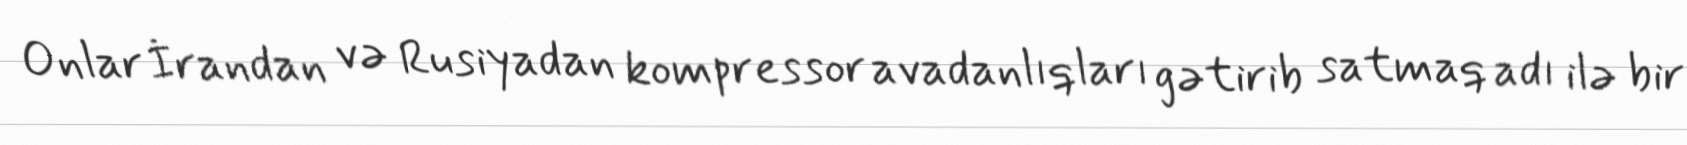
Onlar İrandan və Rusiyadan kompressor avadanlıqları gətirib satmaq adı ilə bir